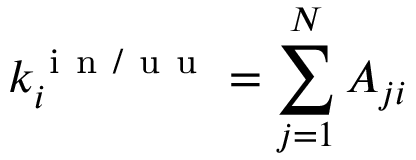
k _ { i } ^ { \mathrm { ~ i ~ n ~ / ~ u ~ u ~ } } = \sum _ { j = 1 } ^ { N } A _ { j i }